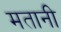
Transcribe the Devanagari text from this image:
मतानी